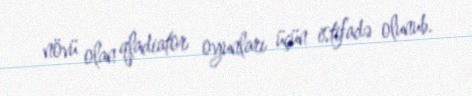
növü olan qladiator oyunları üçün istifadə olunub.